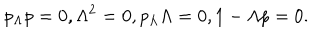
p _ { \Lambda } p = 0 , \Lambda ^ { 2 } = 0 , p _ { \Lambda } \Lambda = 0 , 1 - \Lambda p = 0 .